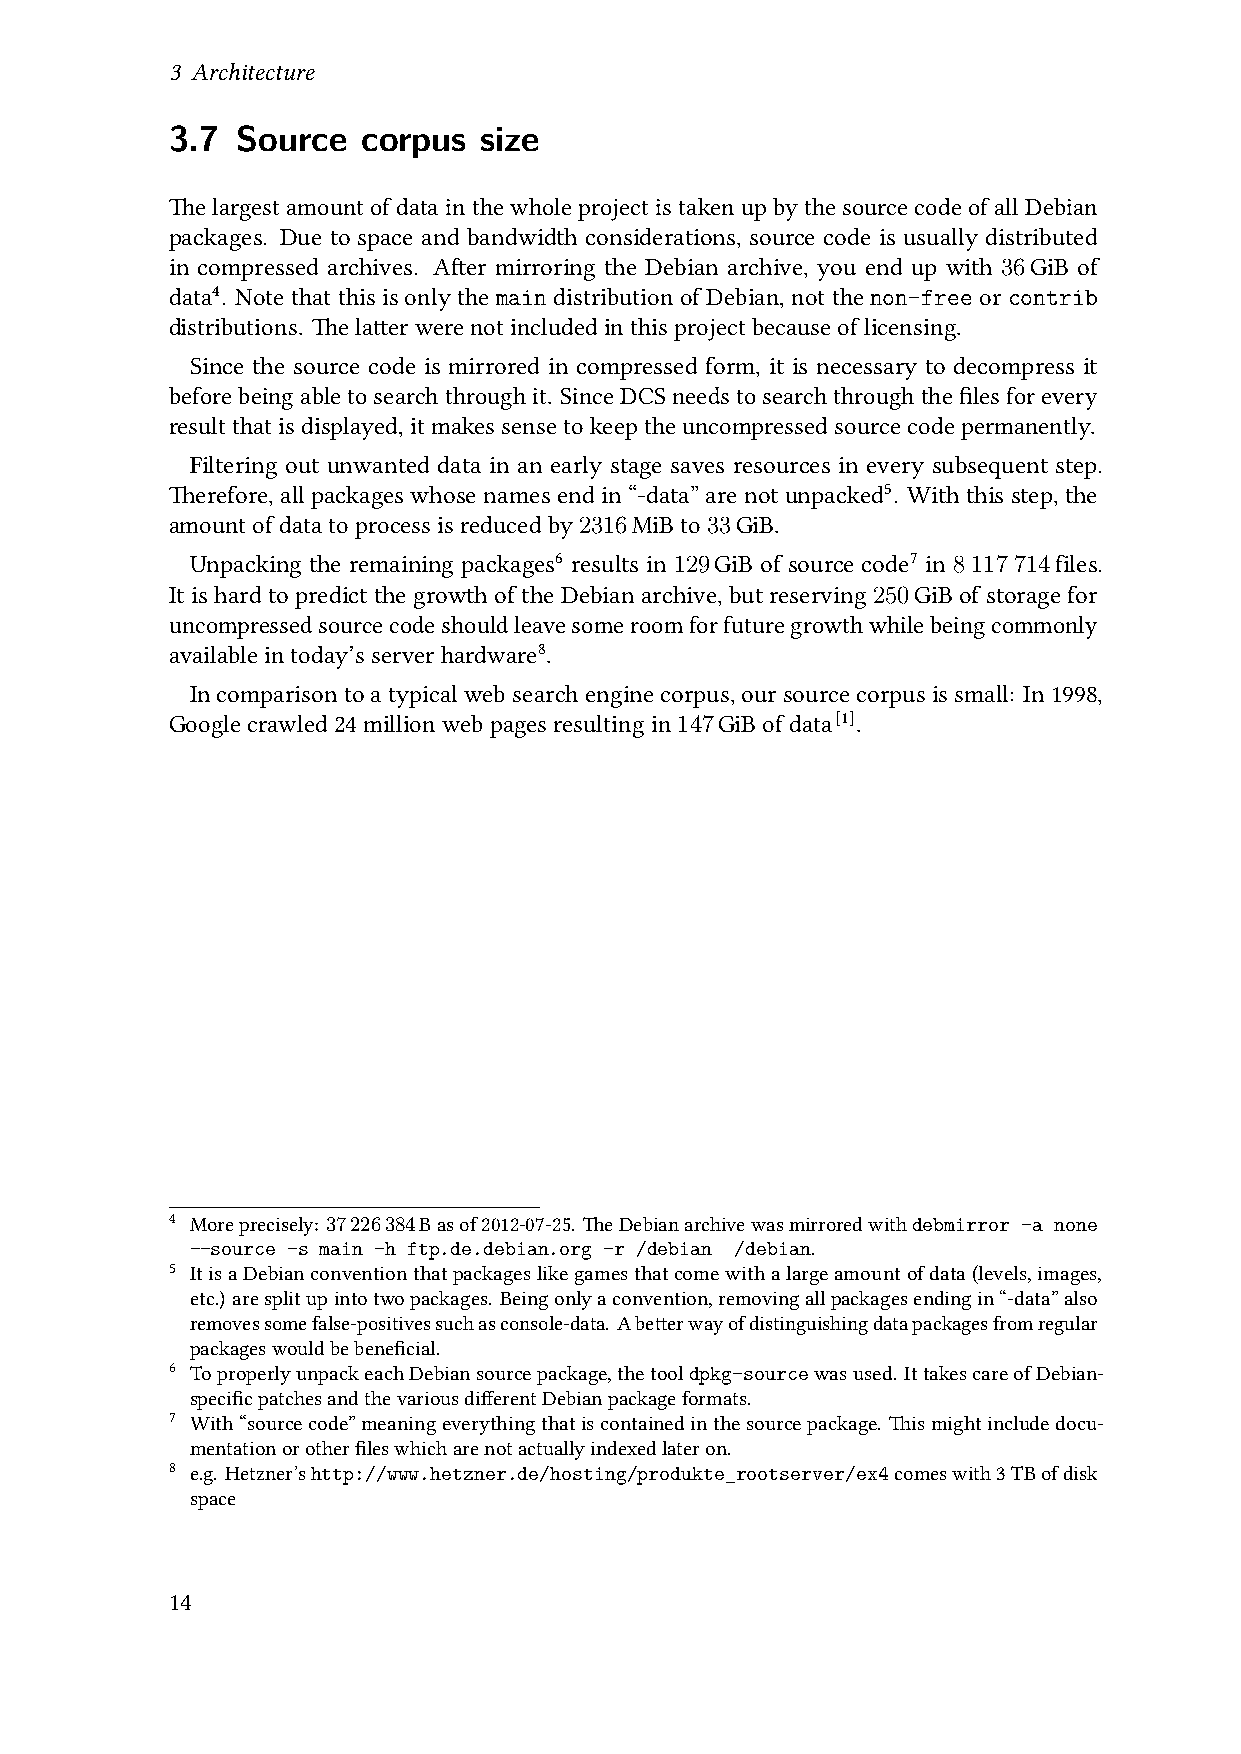
3 Architecture
 3.7  Source  corpus  size
 ThelargestamountofdatainthewholeprojectistakenupbythesourcecodeofallDebian
 packages. Due to space and bandwidth considerations, source code is usually distributed
 in compressed archives. After mirroring the Debian archive, you end up with 36GiB of
 data4. Notethatthisisonlythemain distributionofDebian, notthenon-freeor contrib
 distributions. Thelatterwerenotincludedinthisprojectbecauseoflicensing.
 Since the source code is mirrored in compressed form, it is necessary to decompress it
 beforebeingabletosearchthroughit. SinceDCSneedstosearchthroughthefilesforevery
 resultthatisdisplayed,itmakessensetokeeptheuncompressedsourcecodepermanently.
 Filtering out unwanted data in an early stage saves resources in every subsequent step.
 Therefore, all packageswhose namesend in “-data” arenot unpacked5. With thisstep,the
 amountofdatatoprocessisreducedby2316MiBto33GiB.
 Unpacking the remaining packages6 results in 129GiB of source code7 in 8117714files.
 It is hard to predict the growth of the Debian archive, but reserving 250GiB of storage for
 uncompressedsourcecodeshouldleavesomeroomforfuturegrowthwhilebeingcommonly
 availableintoday’sserverhardware8.
 Incomparisontoatypicalwebsearchenginecorpus,oursourcecorpusissmall: In1998,
 Googlecrawled24millionwebpagesresultingin147GiBofdata[1].
 4 Moreprecisely: 37226384Basof2012-07-25. TheDebianarchivewasmirroredwithdebmirror -a none
 --source -s main -h ftp.de.debian.org -r /debian /debian.
 5 ItisaDebianconventionthatpackageslikegamesthatcomewithalargeamountofdata(levels,images,
 etc.) aresplitupintotwopackages. Beingonlyaconvention,removingallpackagesendingin“-data”also
 removessomefalse-positivessuchasconsole-data. Abetterwayofdistinguishingdatapackagesfromregular
 packageswouldbebeneficial.
 6 ToproperlyunpackeachDebiansourcepackage,thetooldpkg-sourcewasused. IttakescareofDebian-
 specificpatchesandthevariousdifferentDebianpackageformats.
 7 With“sourcecode”meaningeverythingthatiscontainedinthesourcepackage. Thismightincludedocu-
 mentationorotherfileswhicharenotactuallyindexedlateron.
 8 e.g. Hetzner’shttp://www.hetzner.de/hosting/produkte_rootserver/ex4comeswith3TBofdisk
 space
 14